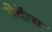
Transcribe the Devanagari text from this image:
सेर्देत्स